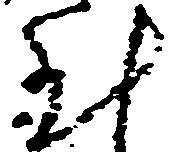
至